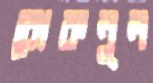
রোকনুল